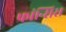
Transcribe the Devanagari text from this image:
फ्रांन्सिस